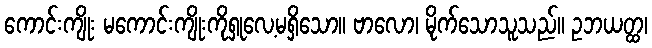
ကောင်းကျိုး မကောင်းကျိုးကိုရှုလေ့မရှိသော။ ဗာလော၊ မိုက်သောသူသည်။ ဥဘယတ္ထ၊